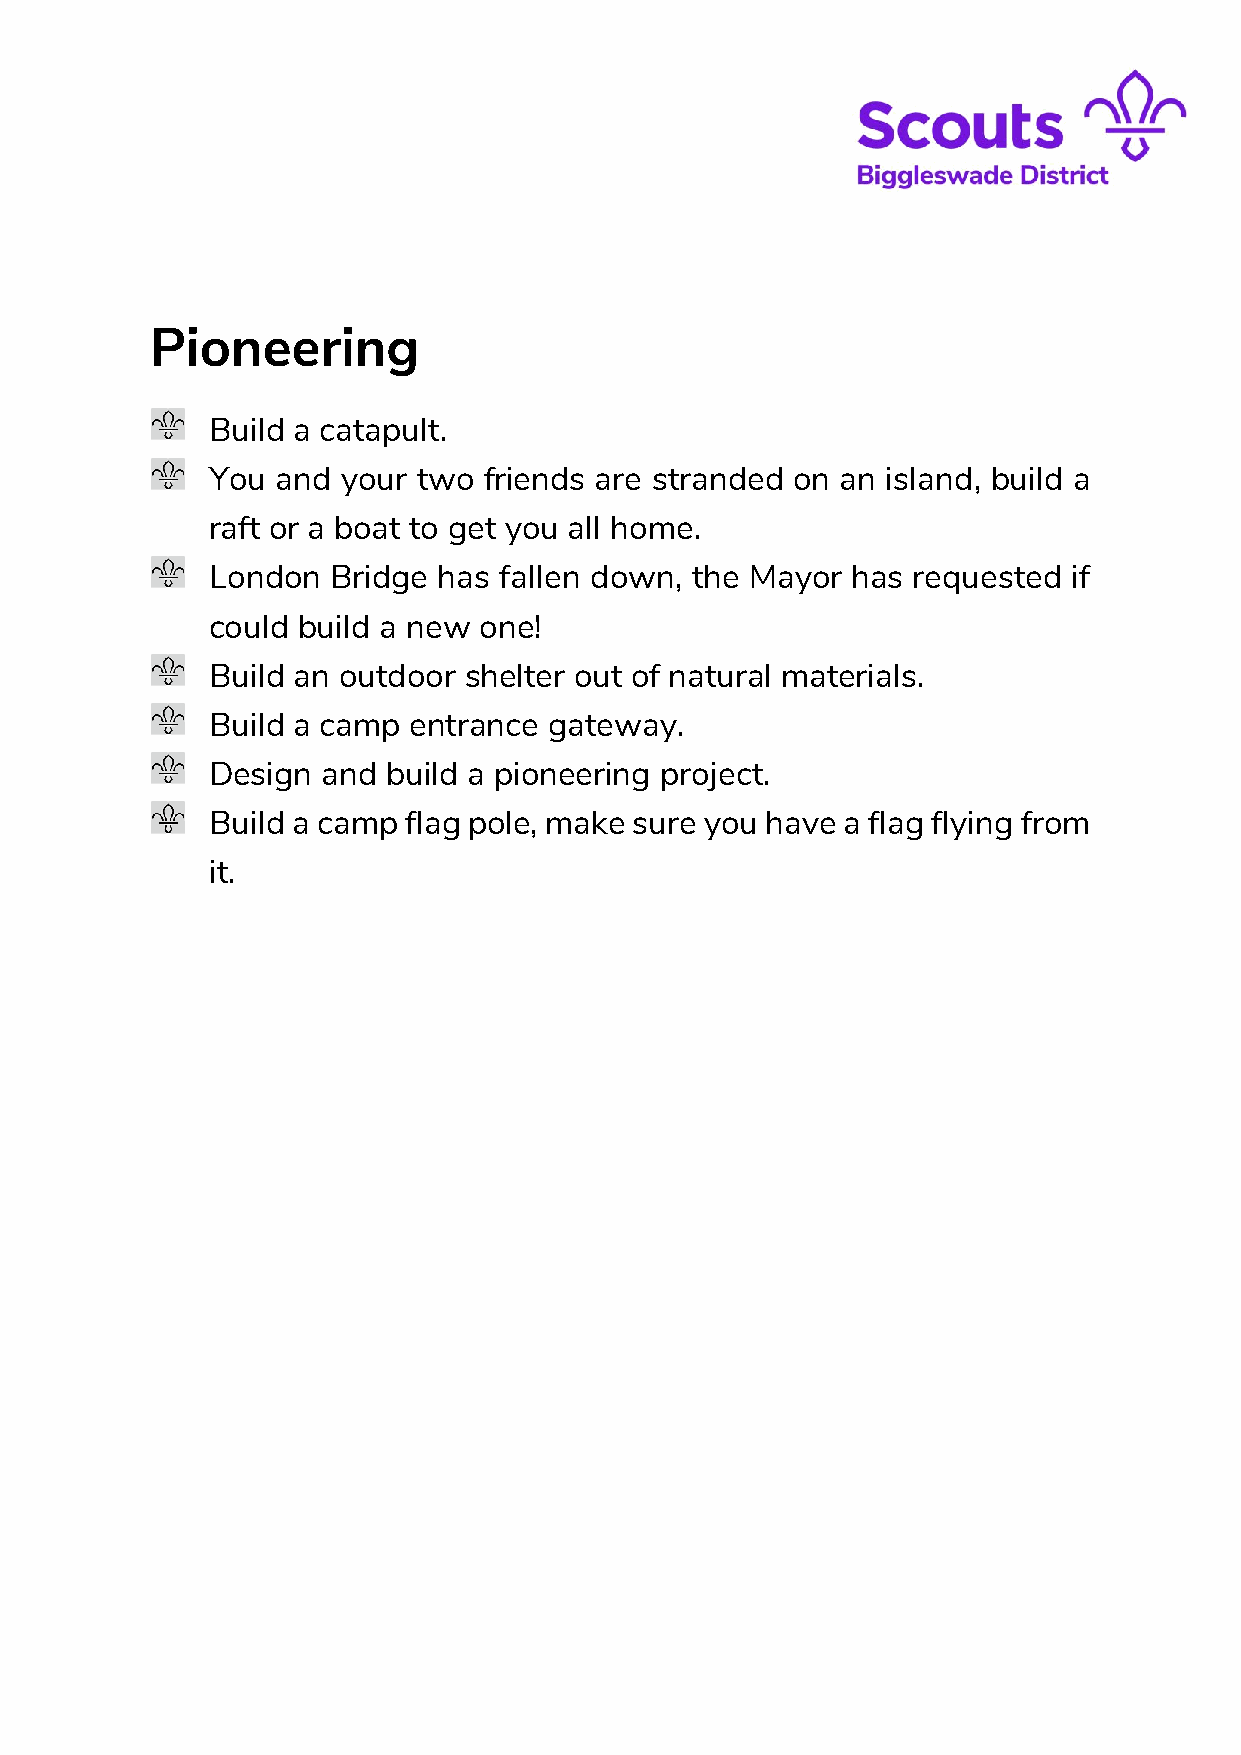
Pioneering
 Build a catapult.
 You and  your two friends are stranded on an island, build a
 raft or a boat to get you all home.
 London  Bridge has fallen down, the Mayor has requested  if
 could build a new one!
 Build an outdoor shelter out of natural materials.
 Build a camp entrance gateway.
 Design and  build a pioneering project.
 Build a camp flag pole, make sure you have a flag flying from
 it.